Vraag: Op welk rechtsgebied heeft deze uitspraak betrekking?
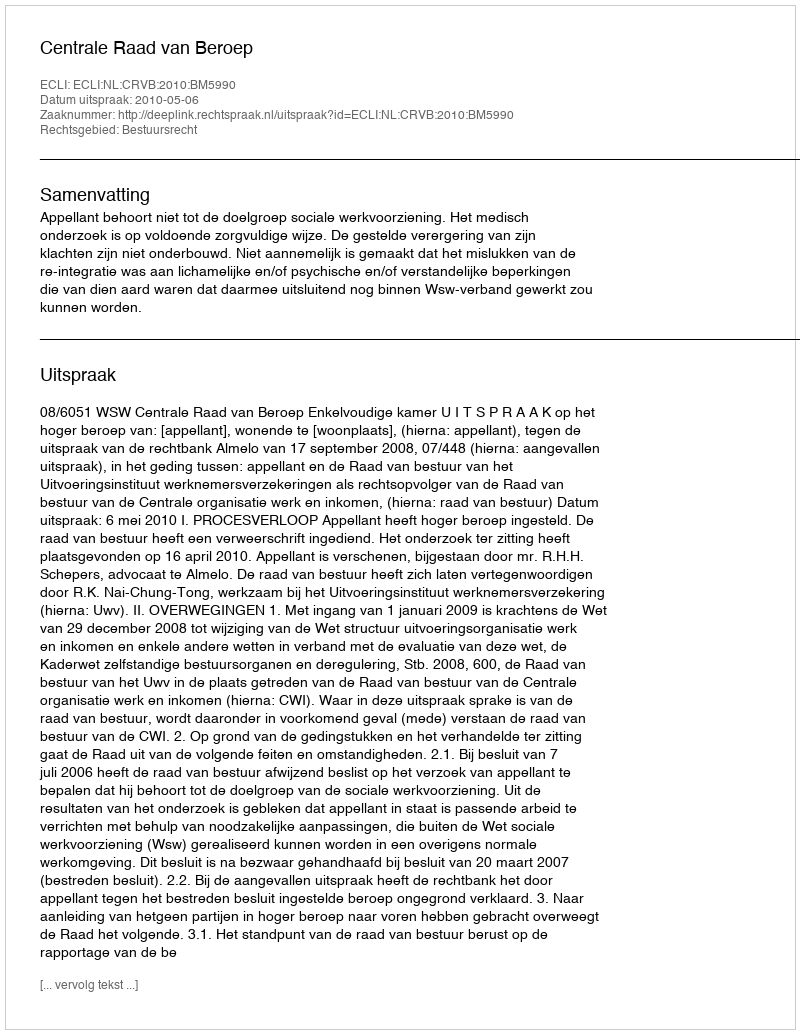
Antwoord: Bestuursrecht